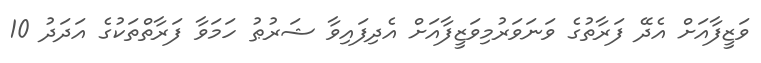
ވަޒީފާއަށް އެދޭ ފަރާތުގެ ވަނަވަރުމިވަޒީފާއަށް އެދިފައިވާ ޝަރުޠު ހަމަވާ ފަރާތްތަކުގެ އަދަދު 10